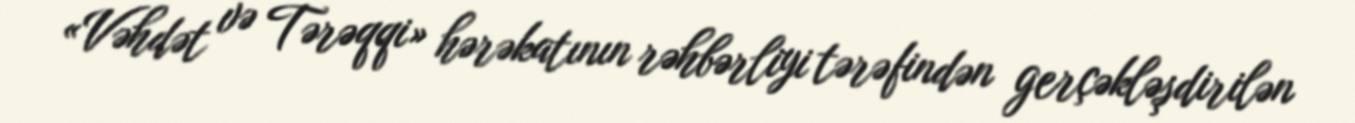
«Vəhdət və Tərəqqi» hərəkatının rəhbərliyi tərəfindən gerçəkləşdirilən